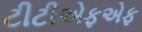
ટીટીએફએફ